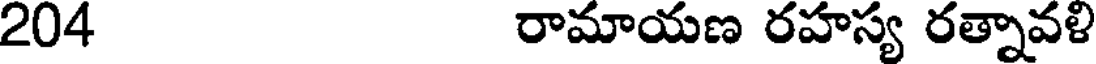
204 రామాయణ రహస్య రత్నావళి